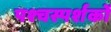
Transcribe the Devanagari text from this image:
पश्चस्पर्शकों